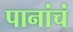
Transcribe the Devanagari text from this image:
पानांचं